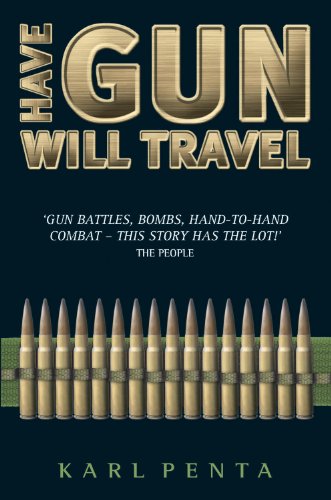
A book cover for Have Gun Will Travel; Karl Penta; Travel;